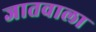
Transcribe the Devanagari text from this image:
जातवाला